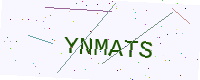
Text: YNMATS